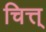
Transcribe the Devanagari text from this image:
चित्त्